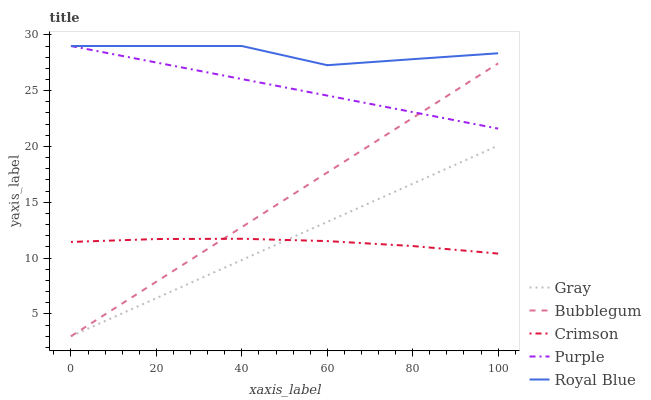
| xaxis_label | Gray | Bubblegum | Crimson | Purple | Royal Blue |
 | --- | --- | --- | --- | --- | --- |
 | 0 | 3 | 3 | 11.4 | 29 | 29 |
 | 20 | 6.42 | 7.89 | 11.7 | 27.5 | 29 |
 | 40 | 9.83 | 12.8 | 11.7 | 26 | 29 |
 | 60 | 13.2 | 17.7 | 11.5 | 24.6 | 27.3 |
 | 80 | 16.7 | 22.6 | 11.1 | 23.1 | 27.8 |
 | 100 | 20.1 | 27.4 | 10.4 | 21.6 | 28.3 |